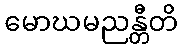
မောဃမညန္တီတိ